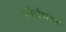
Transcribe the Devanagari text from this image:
फोटोग्राफर्स